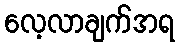
လေ့လာချက်အရ